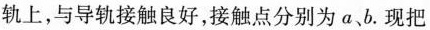
轨上，与导轨接触良好，接触点分别为a、b。现把